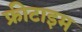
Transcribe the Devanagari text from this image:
फ्रीटाइम